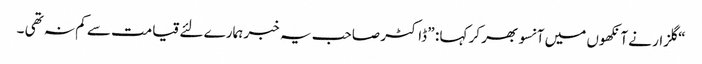
“ گلزار نے آنکھوں میں آنسو بھر کر کہا : ” ڈاکٹر صاحب یہ خبر ہمارے لئے قیامت سے کم نہ تھی ۔